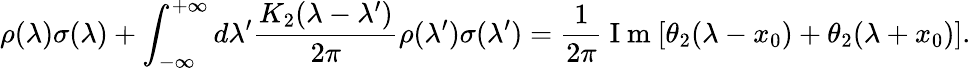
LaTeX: \rho(\lambda)\sigma(\lambda)+\int_{-\infty}^{+\infty}d\lambda^{\prime}\frac{K_{2}(\lambda-\lambda^{\prime})}{2\pi}\rho(\lambda^{\prime})\sigma(\lambda^{\prime})=\frac{1}{2\pi}\mathrm{~I~m~}[\theta_{2}(\lambda-x_{0})+\theta_{2}(\lambda+x_{0})].